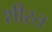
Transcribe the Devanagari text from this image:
शीस्त